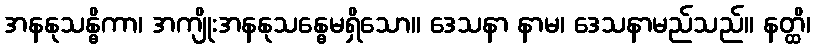
အနနုသန္ဓိကာ၊ အကျိုးအနနုသန္ဓေမရှိသော။ ဒေသနာ နာမ၊ ဒေသနာမည်သည်။ နတ္ထိ၊